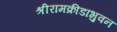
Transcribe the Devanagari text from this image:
श्रीरामक्रीडाभुवन